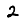
Digit: 2